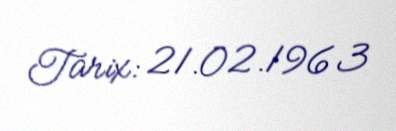
Tarix: 21.02.1963